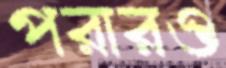
পরারও